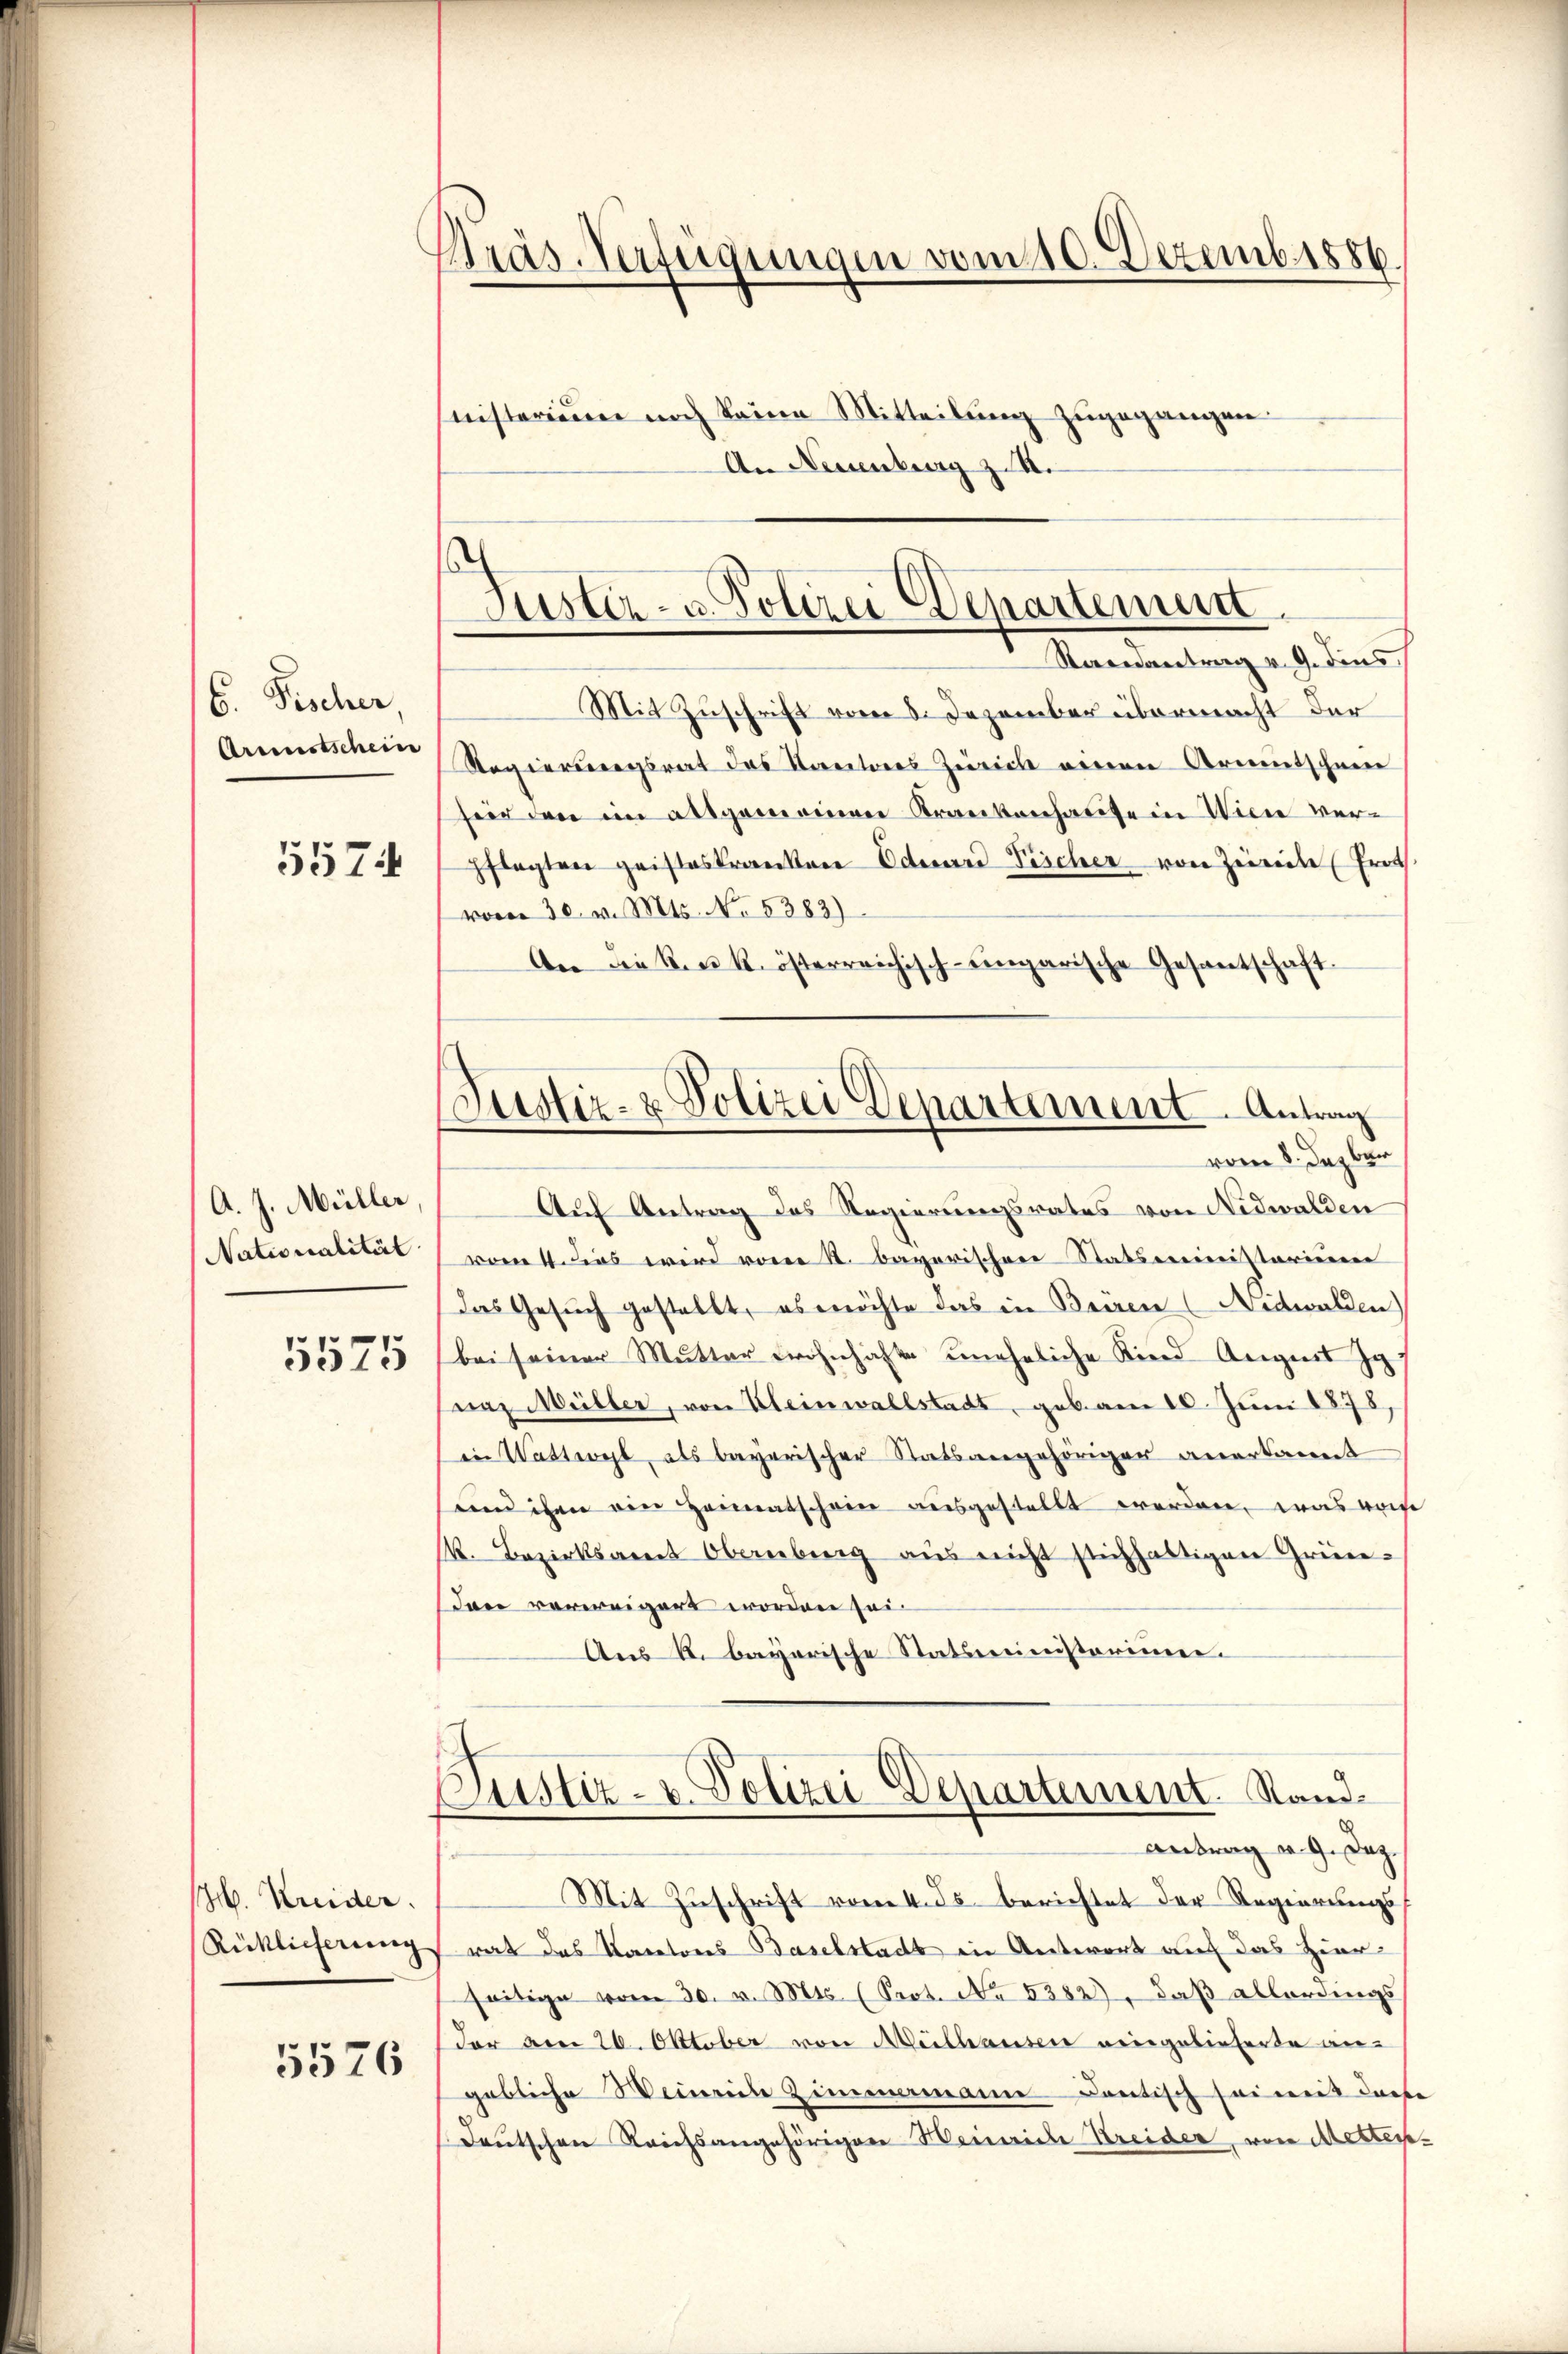
6. Fischer,
Arienstschein
5574

A. J. Müller,
Nationalität
5575

H. Kreider.
Rüklicherung

5576

Präs. Verfügungen vom 10. Dezemb. 1886.
nisterium noch keine Mitteilung zugegangen.
An Neuenburg z. B.

Justiz- u. Polizei Departemen
Randantrag v. 9. dies

Mit Zuschrift vom 8. Dezember übermacht der
Regierungsrat das Kantons Zürich einen Armutschneee
seid den im altgemeinen Krankenhause in Wien ver-
pflegten geisteskranken Eduard Pischer von Zürich Froh
vom 30. v. Mts. No. 5383)
An die k. k. österreichisch-eingarische Gesantsche
d
vom 8. Dezber
Auf Antrag das Regierungsrates von Nidwalden
vom 4. Dies wird von St. Bayerischere Statsministarieren
das Gesuch gestellt, es möchte das in Beeren (Nidwalden)
bei seiner Mutter wohnhafte uneheliche Kind Augens g
ea Müller, von Kleinwallstadt, gebann 10. Juni 1878,
in Wattwyl, als bayerischer Statsangehöriger anerkannt
und ihm ein Heimatschein ausgestellt werden, was weise
k. Bezirksamt Obenberg aus nicht stichhaltigen Grün-
Dan verereigert worden sei¬
Aus K. bayerische Statsministerinnen.
Justiz- u. Polizei-Departement. Stand.
Antrag d. 9. Dez.
Mit Zuschrift vom 4. ds. berichtet der Regierungsrat das Kantons Baselstadt in Antwort auf das Hier
seitige vom 30. v. Mts. (Sept. No 6382), daß allerdings
der am 26. Oktober von Meilhausen eingelieferte angebliche Weines Zimmermanne contisch sei mit doch
deutschen Reichsangehörigen Weineide Kreider, von Metter

Justiz- & Polizei Departement. Antrag